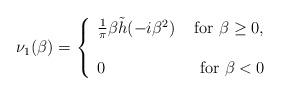
LaTeX: \begin{align*} \nu _1 (\beta)= \left \{\begin{array}{ll}\frac{1}{\pi}\beta \tilde{h}(-i\beta ^2)& \ \mbox{for $\beta \geq 0$}, \\ \\ 0 & \ \mbox{ for $\beta < 0$}\end{array} \right. \end{align*}